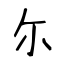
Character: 尓